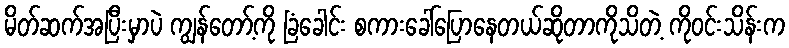
မိတ်ဆက်အပြီးမှာပဲ ကျွန်တော့်ကို ခြံခေါင်း စကားခေါ်ပြောနေတယ်ဆိုတာကိုသိတဲ့ ကိုဝင်းသိန်းက